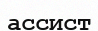
ассист